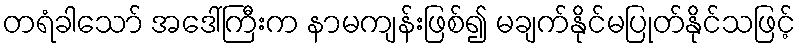
တရံခါသော် အဒေါ်ကြီးက နာမကျန်းဖြစ်၍ မချက်နိုင်မပြုတ်နိုင်သဖြင့်